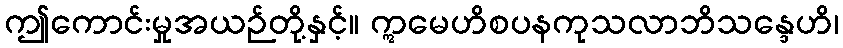
ဤကောင်းမှုအယဉ်တို့နှင့်။ ဣမေဟိစပနကုသလာဘိသန္ဒေဟိ၊